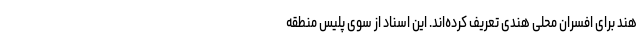
هند برای افسران محلی هندی تعریف کرده‌‌اند. این اسناد از سوی پلیس منطقه